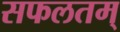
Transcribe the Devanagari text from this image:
सफलतम्